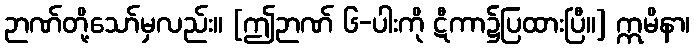
ဉာဏ်တို့သော်မှလည်း။ [ဤဉာဏ် ၆-ပါးကို ဋီကာ၌ပြထားပြီ။] ဣမိနာ၊